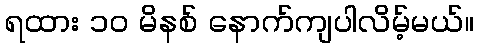
ရထား ၁၀ မိနစ် နောက်ကျပါလိမ့်မယ်။